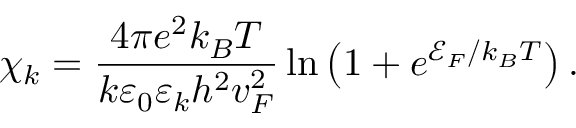
\chi _ { k } = \frac { 4 \pi e ^ { 2 } k _ { B } T } { k \varepsilon _ { 0 } \varepsilon _ { k } h ^ { 2 } v _ { F } ^ { 2 } } \ln \left( 1 + e ^ { \mathscr { E } _ { F } / k _ { B } T } \right) .